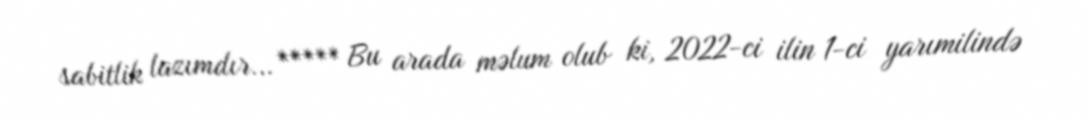
sabitlik lazımdır... ***** Bu arada məlum olub ki, 2022-ci ilin 1-ci yarımilində